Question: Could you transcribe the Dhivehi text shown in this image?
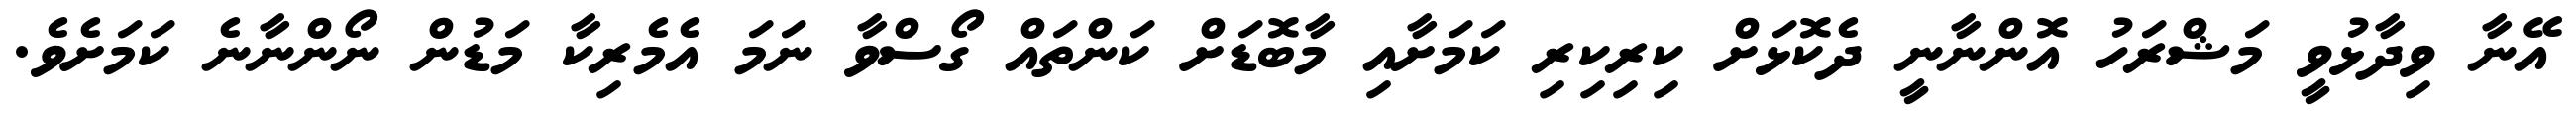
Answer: އޭނާ ވިދާޅުވީ މަޝްރަހު އޮންނާނީ ދެކޮޅަށް ކިރިކިރި ކަމަށާއި މާބޮޑަށް ކަންތައް ގޯސްވާ ނަމަ އެމެރިކާ މަޑުން ނޯންނާނެ ކަމަށެވެ.